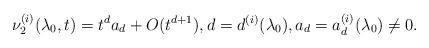
LaTeX: \begin{align*}\nu^{(i)}_2(\lambda_0,t) = t^d a_d + O(t^{d+1}),d = d^{(i)}(\lambda_0),a_d = a_d^{(i)}(\lambda_0)\ne0.\end{align*}